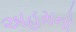
અહમનો